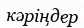
кәріңдер